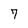
Character: 7